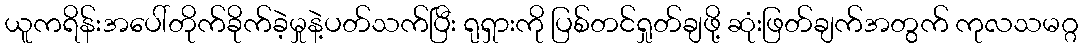
ယူကရိန်းအပေါ်တိုက်ခိုက်ခဲ့မှုနဲ့ပတ်သက်ပြီး ရုရှားကို ပြစ်တင်ရှုတ်ချဖို့ ဆုံးဖြတ်ချက်အတွက် ကုလသမဂ္ဂ